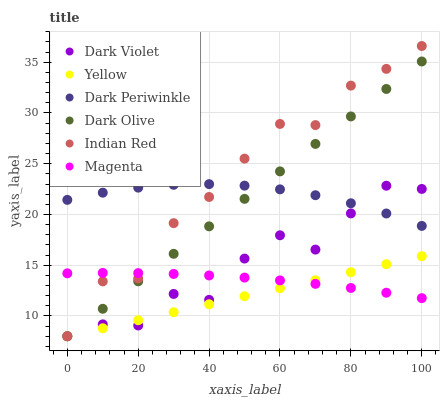
| xaxis_label | Dark Violet | Yellow | Dark Periwinkle | Dark Olive | Indian Red | Magenta |
 | --- | --- | --- | --- | --- | --- | --- |
 | 0 | 8 | 8 | 21.4 | 8 | 8 | 14.2 |
 | 10 | 9.17 | 8.79 | 22.1 | 10.7 | 13.4 | 14.2 |
 | 20 | 9.06 | 9.58 | 22.6 | 13.4 | 13.7 | 14.2 |
 | 30 | 12.2 | 10.4 | 22.9 | 16.1 | 19.1 | 14.1 |
 | 40 | 11.6 | 11.2 | 23 | 18.8 | 21.7 | 14 |
 | 50 | 15.7 | 11.9 | 22.8 | 21.5 | 25.5 | 13.8 |
 | 60 | 17.9 | 12.7 | 22.5 | 24.2 | 28.9 | 13.5 |
 | 70 | 16.5 | 13.5 | 21.9 | 27 | 28.8 | 13.2 |
 | 80 | 20.1 | 14.3 | 21.1 | 29.7 | 32.7 | 12.8 |
 | 90 | 22.8 | 15.1 | 20.1 | 32.4 | 34.3 | 12.3 |
 | 100 | 22.5 | 15.9 | 18.9 | 35.1 | 36.6 | 11.8 |